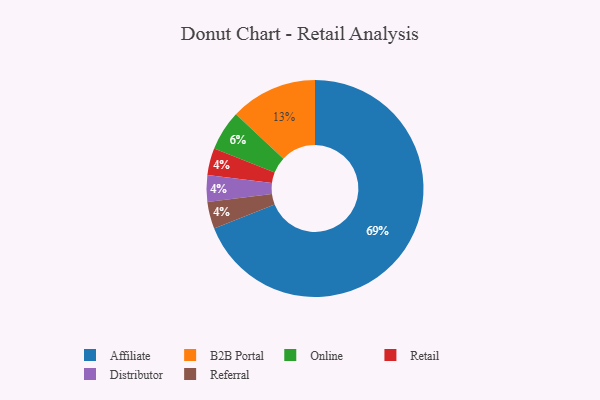
{"axis": {"x": "Category", "y": "Percentage"}, "legend": ["Affiliate", "B2B Portal", "Distributor", "Online", "Referral", "Retail"], "data": [{"x": "Retail", "y": 4, "type": "Retail"}, {"x": "Distributor", "y": 4, "type": "Distributor"}, {"x": "B2B Portal", "y": 13, "type": "B2B Portal"}, {"x": "Online", "y": 6, "type": "Online"}, {"x": "Affiliate", "y": 69, "type": "Affiliate"}, {"x": "Referral", "y": 4, "type": "Referral"}]}